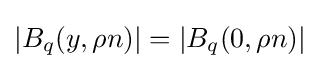
|B_{q}(y,\rho n)|=|B_{q}(0,\rho n)|